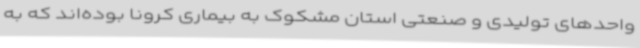
واحدهای تولیدی و صنعتی استان مشکوک به بیماری کرونا بوده‌اند که به